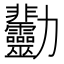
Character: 𠣋